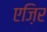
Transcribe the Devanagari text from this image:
एज़िर